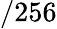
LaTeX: /256